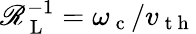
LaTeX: \mathscr{R}_{\mathrm{{~L~}}}^{-1}=\omega_{\mathrm{{~c~}}}/v_{\mathrm{{~t~h~}}}